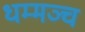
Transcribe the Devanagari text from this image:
धम्मञ्च